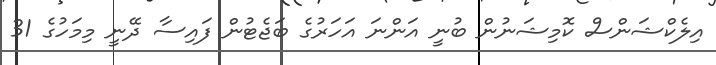
އިލެކްޝަންސް ކޮމިޝަނުން ބުނީ އަންނަ އަހަރުގެ ބަޖެޓުން ފައިސާ ދޭނީ މިމަހުގެ 31